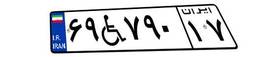
۱۱W۲۹۰۰۱